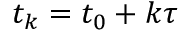
t _ { k } = t _ { 0 } + k \tau